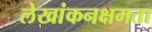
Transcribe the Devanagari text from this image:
लेखांकनक्षमता